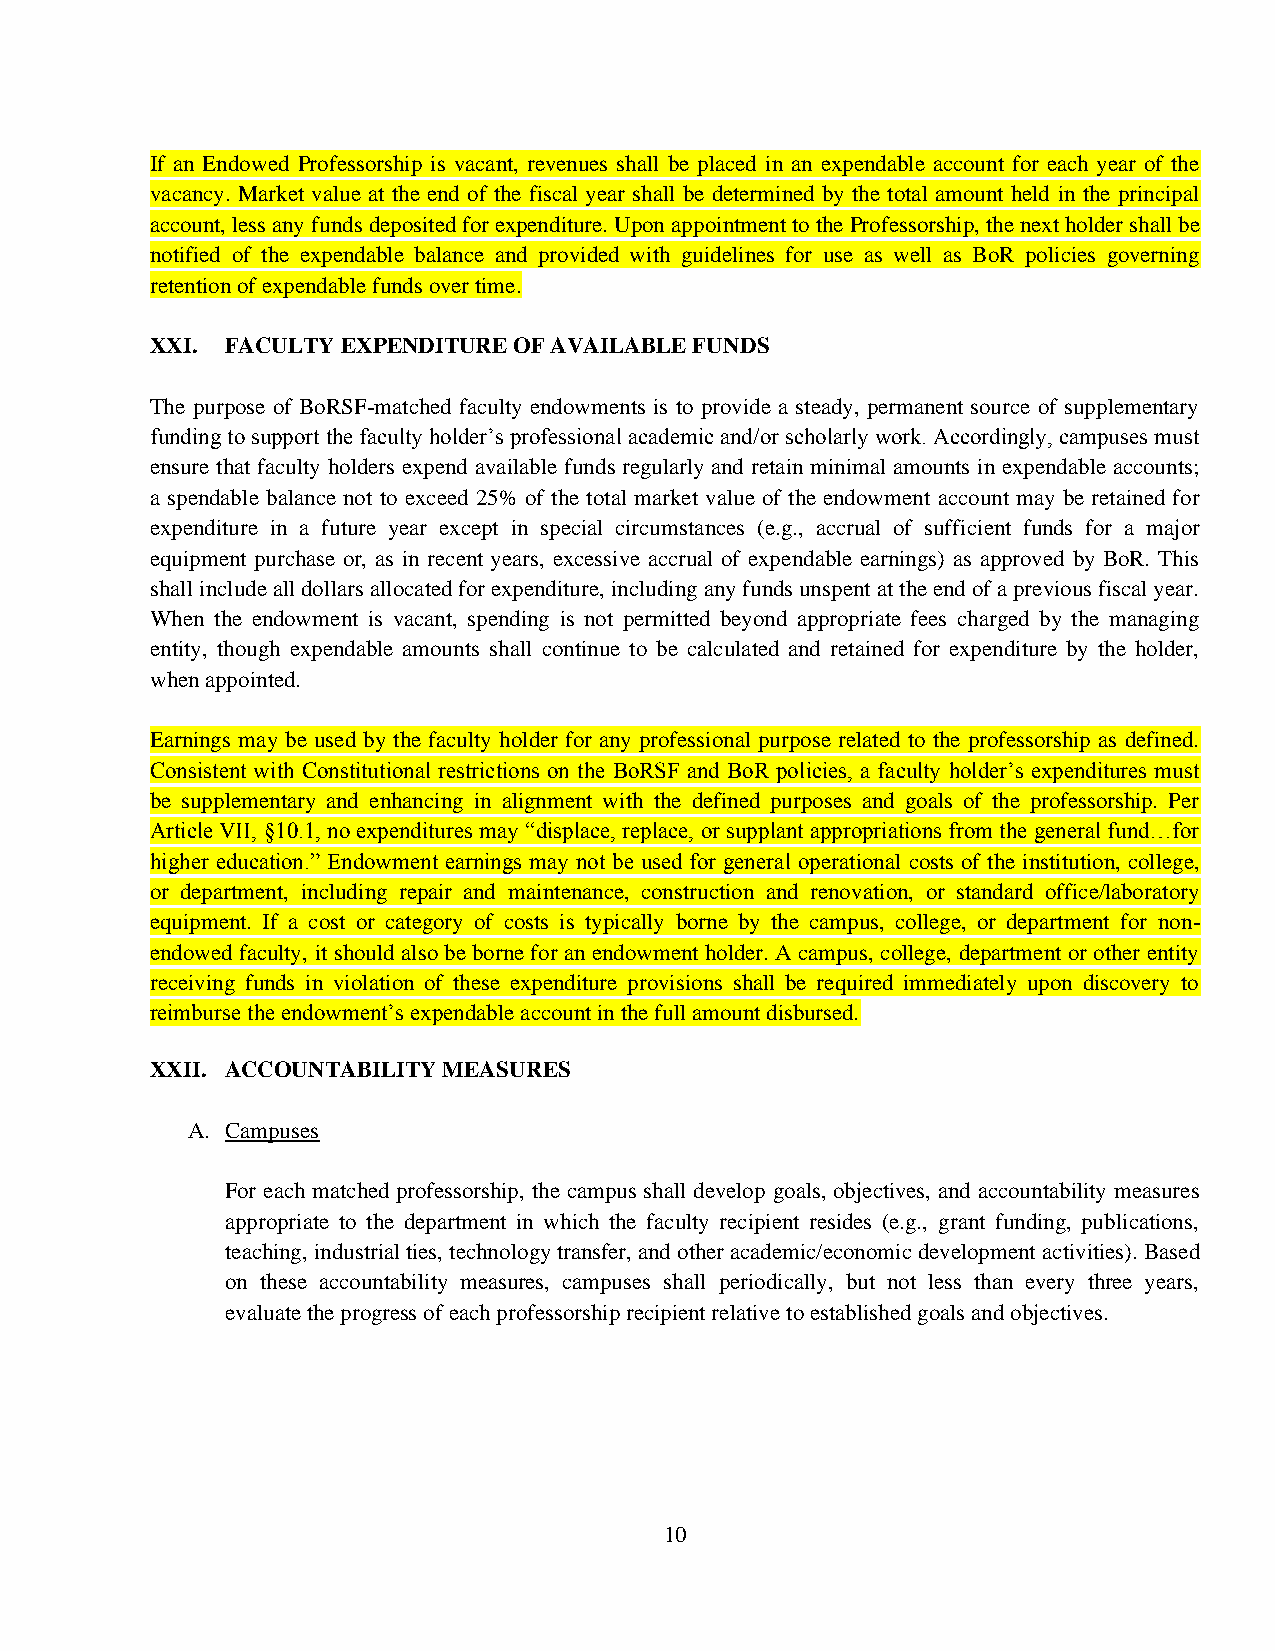
If an Endowed Professorship is vacant, revenues shall be placed in an expendable account for each year of the
 vacancy. Market value at the end of the fiscal year shall be determined by the total amount held in the principal
 account, less any funds deposited for expenditure. Upon appointment to the Professorship, the next holder shall be
 notified of the expendable balance and provided with guidelines for use as well as BoR policies governing
 retention of expendable funds over time.
 XXI. FACULTY EXPENDITURE OF AVAILABLE FUNDS
 The purpose of BoRSF-matched faculty endowments is to provide a steady, permanent source of supplementary
 funding to support the faculty holder’s professional academic and/or scholarly work. Accordingly, campuses must
 ensure that faculty holders expend available funds regularly and retain minimal amounts in expendable accounts;
 a spendable balance not to exceed 25% of the total market value of the endowment account may be retained for
 expenditure in a future year except in special circumstances (e.g., accrual of sufficient funds for a major
 equipment purchase or, as in recent years, excessive accrual of expendable earnings) as approved by BoR. This
 shall include all dollars allocated for expenditure, including any funds unspent at the end of a previous fiscal year.
 When the endowment is vacant, spending is not permitted beyond appropriate fees charged by the managing
 entity, though expendable amounts shall continue to be calculated and retained for expenditure by the holder,
 when appointed.
 Earnings may be used by the faculty holder for any professional purpose related to the professorship as defined.
 Consistent with Constitutional restrictions on the BoRSF and BoR policies, a faculty holder’s expenditures must
 be supplementary and enhancing in alignment with the defined purposes and goals of the professorship. Per
 Article VII, §10.1, no expenditures may “displace, replace, or supplant appropriations from the general fund…for
 higher education.” Endowment earnings may not be used for general operational costs of the institution, college,
 or department, including repair and maintenance, construction and renovation, or standard office/laboratory
 equipment. If a cost or category of costs is typically borne by the campus, college, or department for non-
 endowed faculty, it should also be borne for an endowment holder. A campus, college, department or other entity
 receiving funds in violation of these expenditure provisions shall be required immediately upon discovery to
 reimburse the endowment’s expendable account in the full amount disbursed.
 XXII. ACCOUNTABILITY MEASURES
 A. Campuses
 For each matched professorship, the campus shall develop goals, objectives, and accountability measures
 appropriate to the department in which the faculty recipient resides (e.g., grant funding, publications,
 teaching, industrial ties, technology transfer, and other academic/economic development activities). Based
 on these accountability measures, campuses shall periodically, but not less than every three years,
 evaluate the progress of each professorship recipient relative to established goals and objectives.
 10